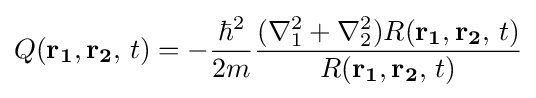
Q(\mathbf {r_{1}} ,\mathbf {r_{2}} ,\,t)=-{\frac {\hbar ^{2}}{2m}}{\frac {(\nabla _{1}^{2}+\nabla _{2}^{2})R(\mathbf {r_{1}} ,\mathbf {r_{2}} ,\,t)}{R(\mathbf {r_{1}} ,\mathbf {r_{2}} ,\,t)}}